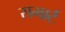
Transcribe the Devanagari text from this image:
समार्ट